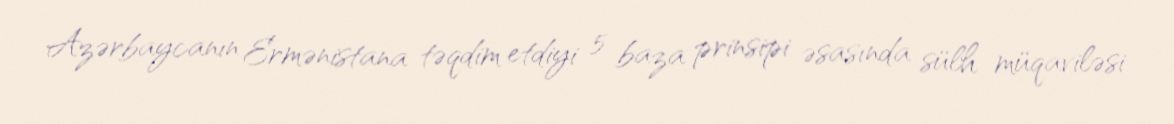
Azərbaycanın Ermənistana təqdim etdiyi 5 baza prinsipi əsasında sülh müqaviləsi